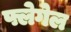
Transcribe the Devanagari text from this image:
फ्लेगेल